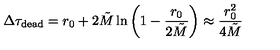
\Delta \tau _ { \mathrm { d e a d } } = r _ { 0 } + 2 \tilde { M } \ln \left( 1 - \frac { r _ { 0 } } { 2 \tilde { M } } \right) \approx \frac { r _ { 0 } ^ { 2 } } { 4 \tilde { M } }